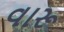
વારૂ